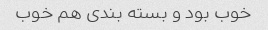
خوب بود و بسته بندی هم خوب